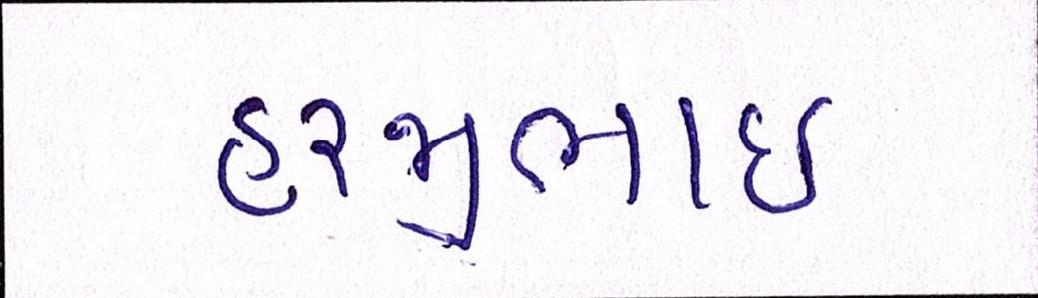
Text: હરજીભાઇ